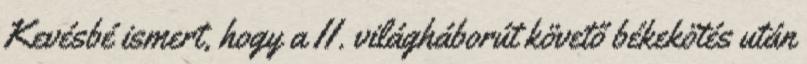
Kevésbé ismert, hogy a II. világháborút követő békekötés után